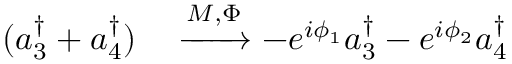
\begin{array} { r l } { ( a _ { 3 } ^ { \dagger } + a _ { 4 } ^ { \dagger } ) } & { { } \xrightarrow { M , \Phi } - e ^ { i \phi _ { 1 } } a _ { 3 } ^ { \dagger } - e ^ { i \phi _ { 2 } } a _ { 4 } ^ { \dagger } } \end{array}